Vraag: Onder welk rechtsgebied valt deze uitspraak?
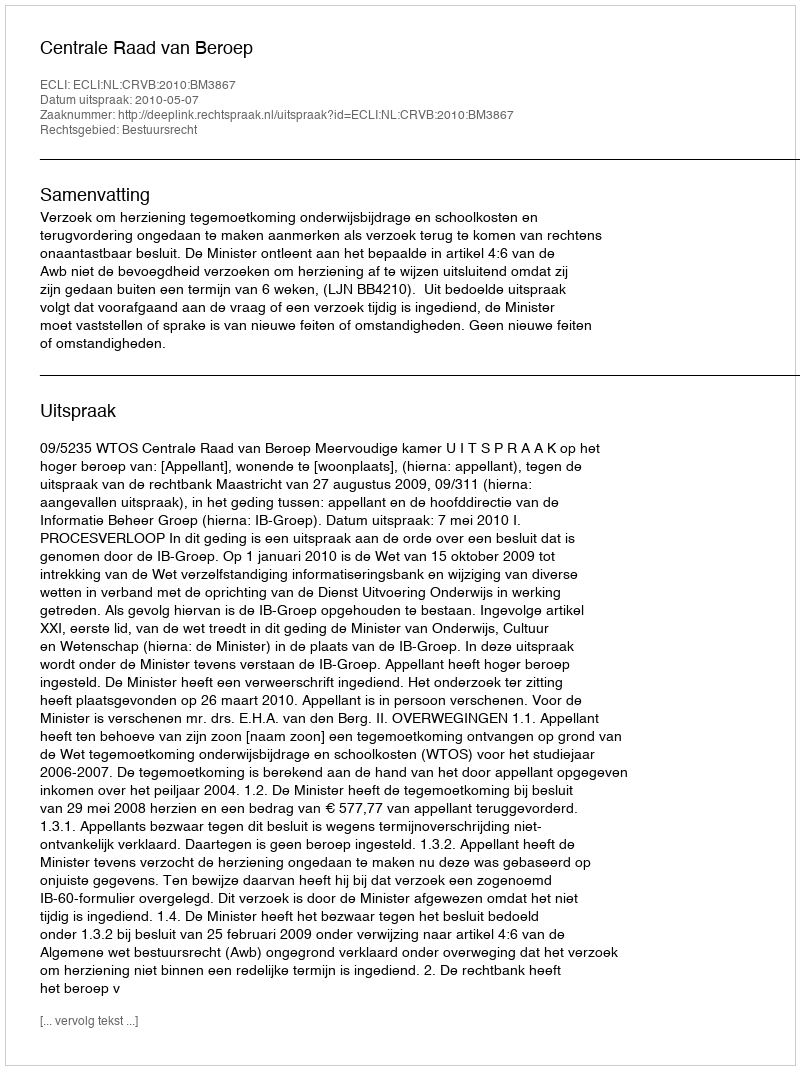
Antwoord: Bestuursrecht